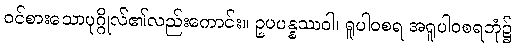
ဝင်စားသောပုဂ္ဂိုလ်၏လည်းကောင်း။ ဥပပန္နဿဝါ၊ ရူပါဝစရ အရူပါဝစရဘုံ၌